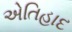
એતિહાદ